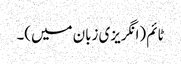
ٹائم (انگریزی زبان میں)۔